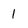
Character: 1